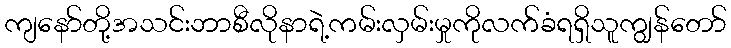
ကျနော်တို့အသင်းဘာစီလိုနာရဲ့ကမ်းလှမ်းမှုကိုလက်ခံရရှိသူကျွန်တော်